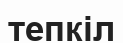
тепкіл